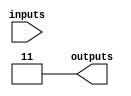
module GAL (
    input  wire [N-1:0]  inputs,        // Inputs to the GAL
    output wire [M-1:0]  outputs        // Outputs from the GAL
);
    parameter N = 4; // Number of inputs
    parameter M = 2; // Number of outputs
    parameter P = 4; // Number of product terms in AND array

    wire [P-1:0] and_out; // Outputs from the AND array
    wire [M-1:0] or_out;   // Final outputs from the OR array

    // Programmable AND Array
    generate 
        genvar i, j;
        for (i = 0; i < P; i = i + 1) begin : and_array
            // Each product term can take arbitrary combination of inputs
            // For example: and_out[i] = inputs[j] & !inputs[k]; 
            assign and_out[i] = (i[0]) ? inputs[0] : 1'b1; // Example configuration
            // Further configurations can be added here...
        end
    endgenerate 
    
    // Programmable OR Array
    generate 
        for (j = 0; j < M; j = j + 1) begin : or_array
            // Combining outputs from the AND array into the output
            // Each output can be a combination of AND gates, e.g.
            assign or_out[j] = (j[0]) ? and_out[0] | and_out[1] : and_out[2]; // Example OR logic
            // Further configurations can be added here...
        end
    endgenerate

    // Connecting OR output to final outputs
    assign outputs = or_out;

    // Feedback paths can be added here (optional)
    // Example: maybe some outputs conditionally feed back to the AND input logic

endmodule